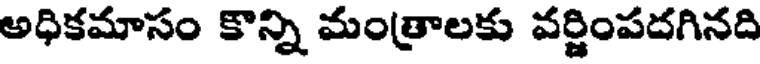
అధికమాసం కొన్ని మంత్రాలకు వర్ణింపదగినది